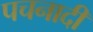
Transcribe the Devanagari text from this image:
पचनादी